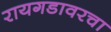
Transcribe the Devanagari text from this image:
रायगडावरचा